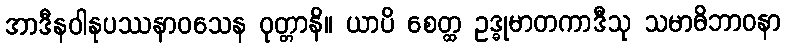
အာဒီနဝါနုပဿနာဝသေန ဝုတ္တာနိ။ ယာပိ စေတ္ထ ဥဒ္ဓုမာတကာဒီသု သမာဓိဘာဝနာ